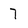
Character: 7